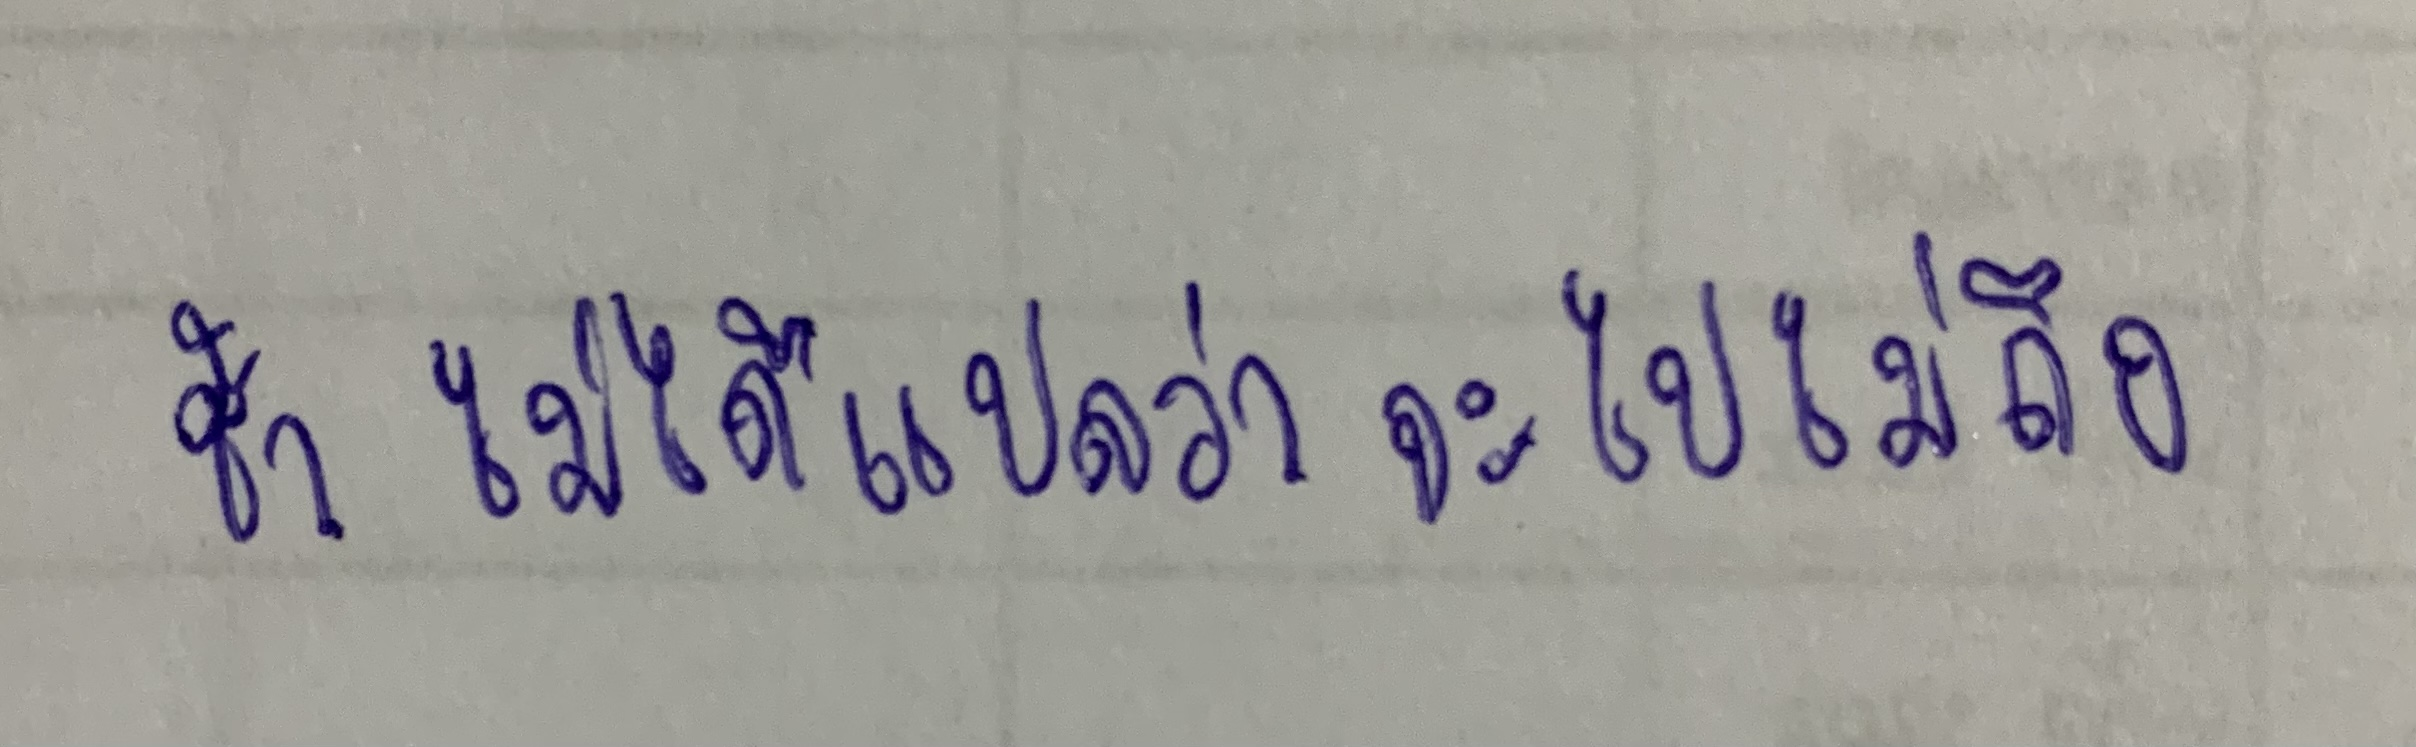
ช้า ไม่ได้แปลว่า จะไปไม่ถึง